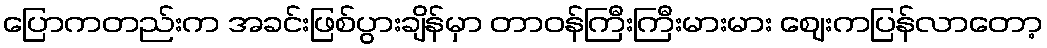
ပြောကတည်းက အခင်းဖြစ်ပွားချိန်မှာ တာဝန်ကြီးကြီးမားမား ဈေးကပြန်လာတော့